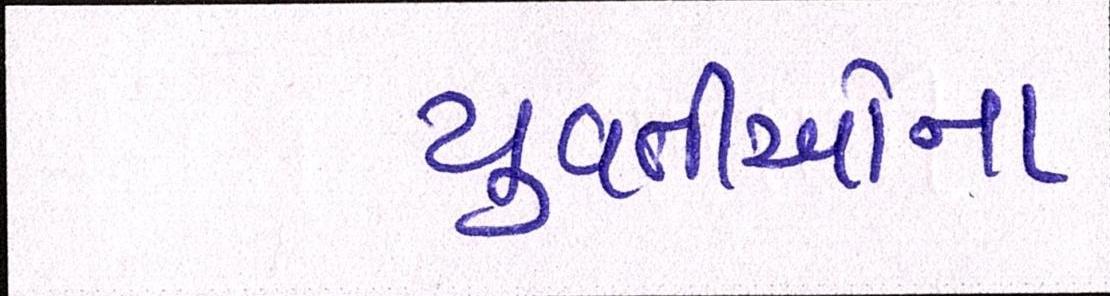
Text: યુવતીઓના